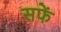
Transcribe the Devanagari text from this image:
सफें